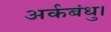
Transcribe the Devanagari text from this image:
अर्कबंधु।